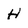
Character: H